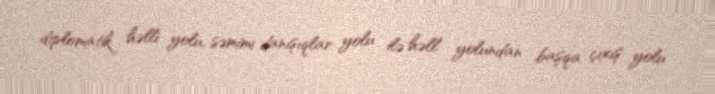
diplomatik həlli yolu, səmimi danışıqlar yolu ilə həll yolundan başqa çıxış yolu